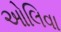
ઓલિવા